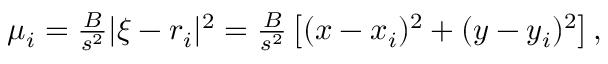
\begin{array} { r } { \mu _ { i } = \frac { B } { s ^ { 2 } } | { \boldsymbol \xi } - { \boldsymbol r } _ { i } | ^ { 2 } = \frac { B } { s ^ { 2 } } \left[ ( x - x _ { i } ) ^ { 2 } + ( y - y _ { i } ) ^ { 2 } \right] , } \end{array}